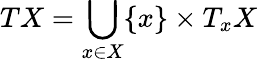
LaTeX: TX=\bigcup_{x\in X}\{ x\} \times T_{x}X